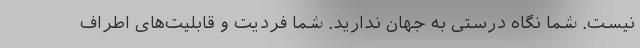
نیست. شما نگاه درستی به جهان ندارید. شما فردیت و قابلیت‌های اطراف